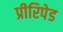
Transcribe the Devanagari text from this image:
प्रीरिपेड